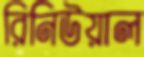
রিনিউয়াল